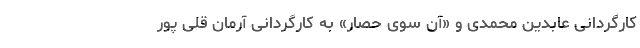
کارگردانی عابدین محمدی و «آن سوی حصار» به کارگردانی آرمان قلی پور